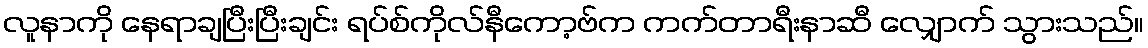
လူနာကို နေရာချပြီးပြီးချင်း ရပ်စ်ကိုလ်နီကော့ဗ်က ကက်တာရီးနာဆီ လျှောက် သွားသည်။